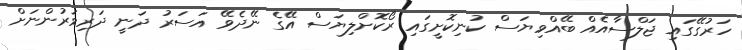
ހަރުގޭގައި ޖަލްސާއެއް ބޭއްވިޔަސް ކުނިކޮށީގައި ރޯކޮށްލިޔަސް އޭގެ ނޭދެވޭ އަސަރު ދަނީ ދަރިވަރުންނަށް